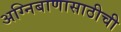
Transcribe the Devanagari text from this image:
अग्निबाणासाठीची